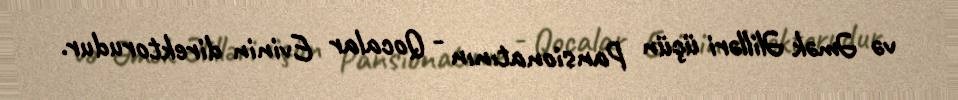
və Əmək Əlilləri üçün Pansionatının - Qocalar Evinin direktorudur.